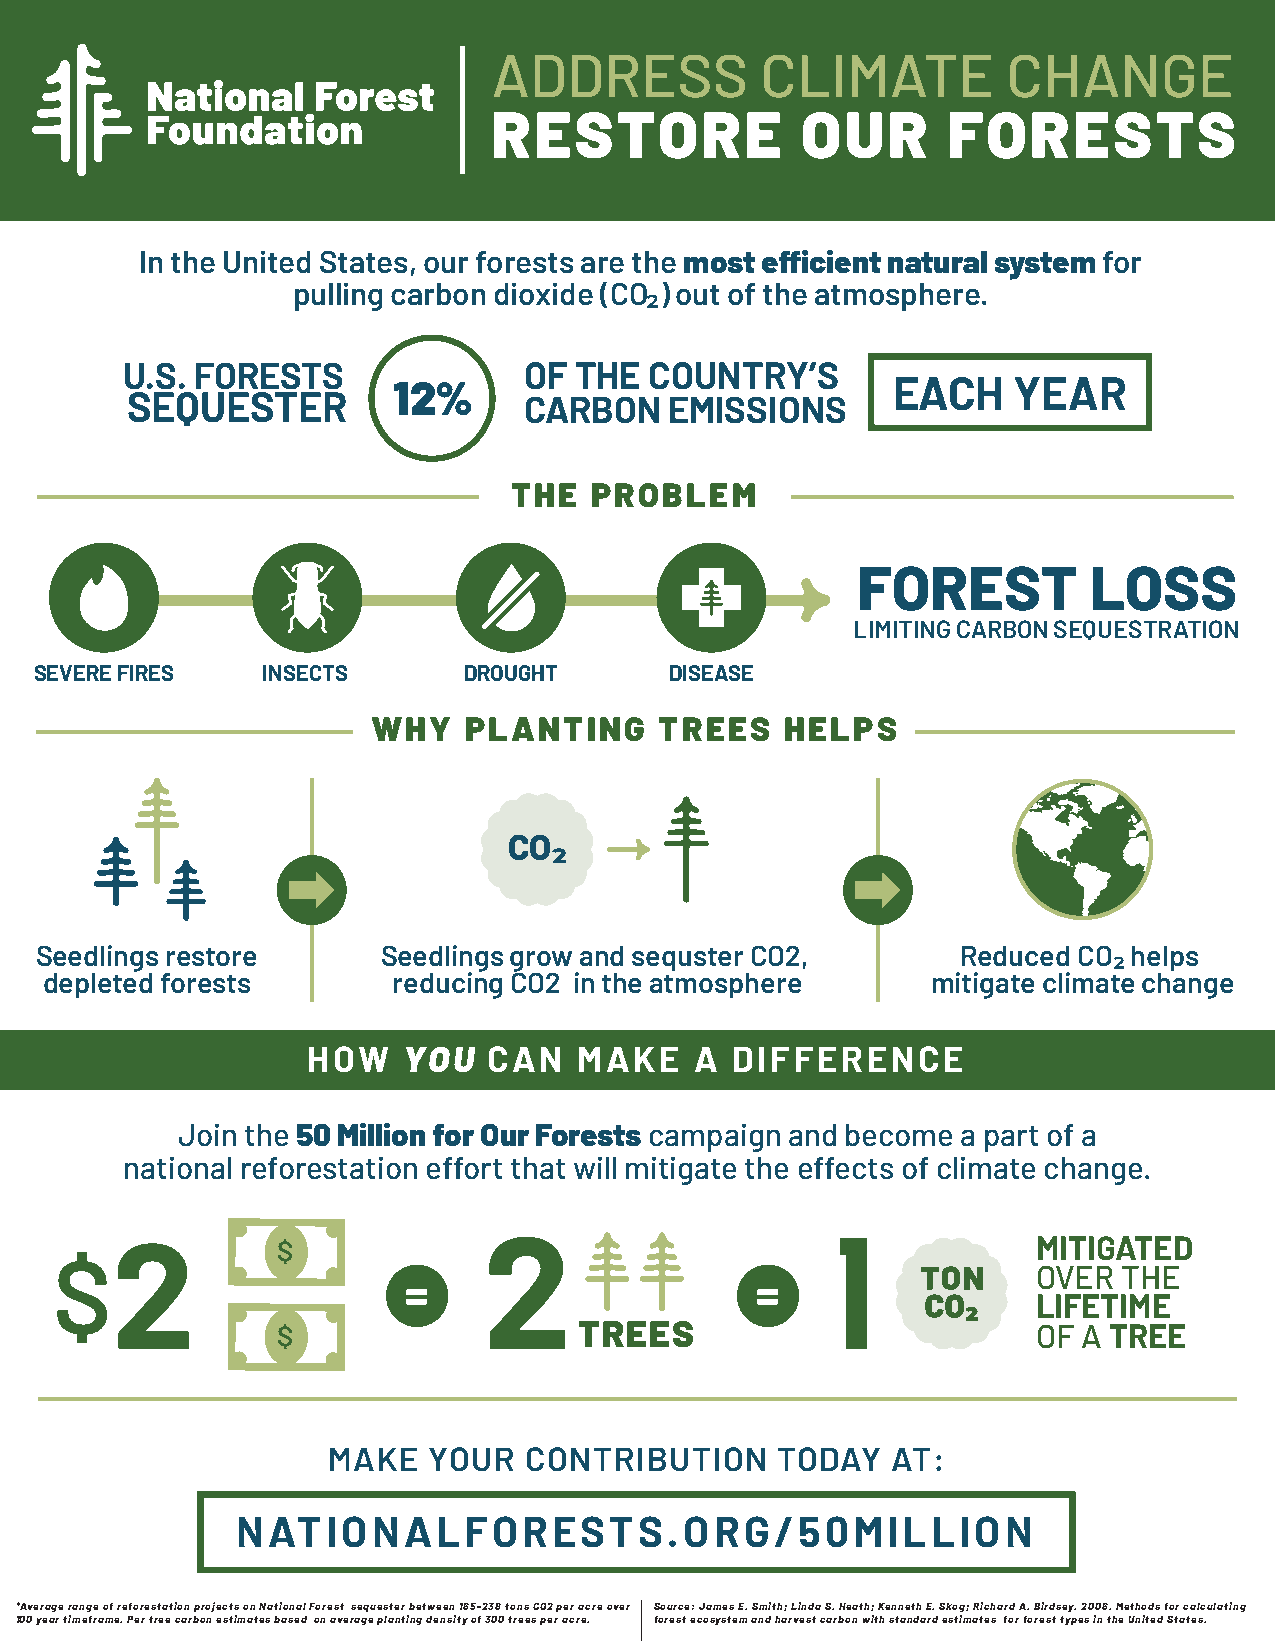
ADDRESS          CLIMATE          CHANGE
 RESTORE             OUR       FORESTS
 In the United States, our forests are the most efficient natural system for
 pulling carbon dioxide (CO₂) out of the atmosphere.
 U.S. FORESTS               OF THE  COUNTRY’S
 12%                              EACH    YEAR
 SEQUESTER                  CARBON   EMISSIONS
 THE  PROBLEM
 FOREST         LOSS
 LIMITING CARBON SEQUESTRATION
 SEVERE FIRES   INSECTS       DROUGHT      DISEASE
 WHY   PLANTING     TREES   HELPS
 CO₂
 Seedlings restore      Seedlings grow and sequster CO2,       Reduced CO₂ helps
 depleted forests       reducing CO2 in the atmosphere      mitigate climate change
 HOW    YOU  CAN   MAKE    A DIFFERENCE
 Join the 50 Million for Our Forests campaign and become a part of a
 national reforestation effort that will mitigate the effects of climate change.
 $                                                  MITIGATED
 OVER THE
 =                      =
 LIFETIME
 $                   TREES                          OF A TREE
 MAKE  YOUR   CONTRIBUTION     TODAY  AT:
 NATIONALFORESTS.ORG/50MILLION
 *Average range of reforestation projects on National Forest sequester between 165-238 tons CO2 per acre over Source: James E. Smith; Linda S. Heath; Kenneth E. Skog; Richard A. Birdsey. 2006. Methods for calculating
 100 year timeframe. Per tree carbon estimates based on average planting density of 300 trees per acre. forest ecosystem and harvest carbon with standard estimates for forest types in the United States.